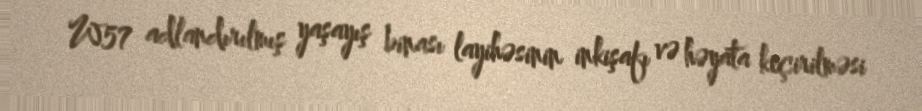
W57 adlandırılmış yaşayış binası layihəsinin inkişafı və həyata keçirilməsi